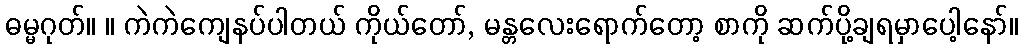
ဓမ္မဂုတ်။ ။ ကဲကဲကျေနပ်ပါတယ် ကိုယ်တော်, မန္တလေးရောက်တော့ စာကို ဆက်ပို့ချရမှာပေါ့နော်။